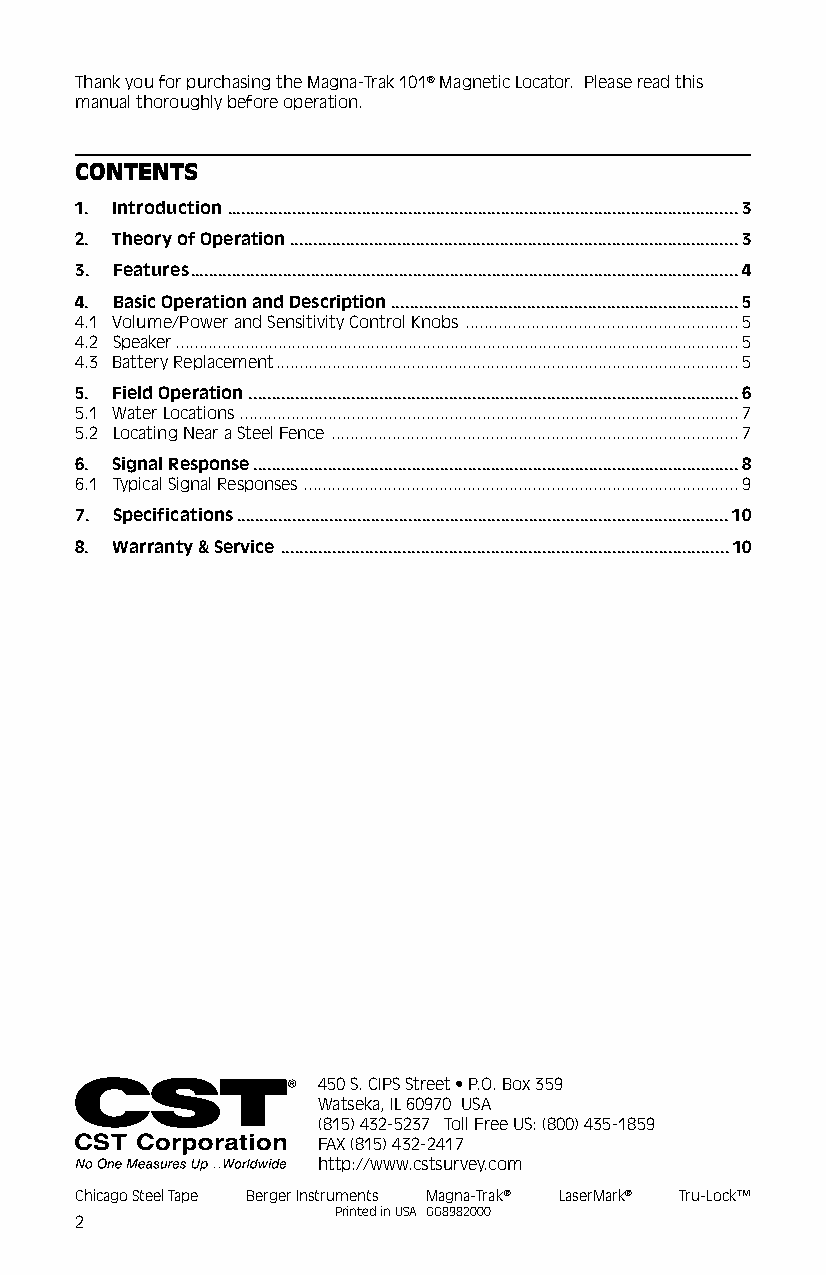
Thank you for purchasing the Magna-Trak 101® Magnetic Locator. Please read this
 manual thoroughly before operation.
 CONTENTS
 1. Introduction..............................................................................................................3
 2. Theory of Operation................................................................................................3
 3. Features......................................................................................................................4
 4. Basic Operation and Description..........................................................................5
 4.1 Volume/Power and Sensitivity Control Knobs ..........................................................5
 4.2 Speaker.........................................................................................................................5
 4.3 Battery Replacement...................................................................................................5
 5. Field Operation.........................................................................................................6
 5.1 Water Locations...........................................................................................................7
 5.2 Locating Near a Steel Fence .......................................................................................7
 6. Signal Response........................................................................................................8
 6.1 Typical Signal Responses.............................................................................................9
 7. Specifications..........................................................................................................10
 8. Warranty & Service ................................................................................................10
 450 S. CIPS Street • P.O. Box 359
 Watseka, IL 60970 USA
 (815) 432-5237 Toll Free US: (800) 435-1859
 FAX (815) 432-2417
 http://www.cstsurvey.com
 Chicago Steel Tape Berger Instruments Magna-Trak® LaserMark® Tru-Lock™
 Printed in USA GG8982000
 2